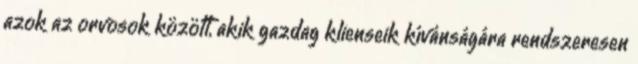
azok az orvosok között, akik gazdag klienseik kívánságára rendszeresen